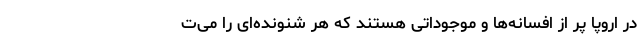
در اروپا پر از افسانه‌ها و موجوداتی هستند که هر شنونده‌ای را می‌ت